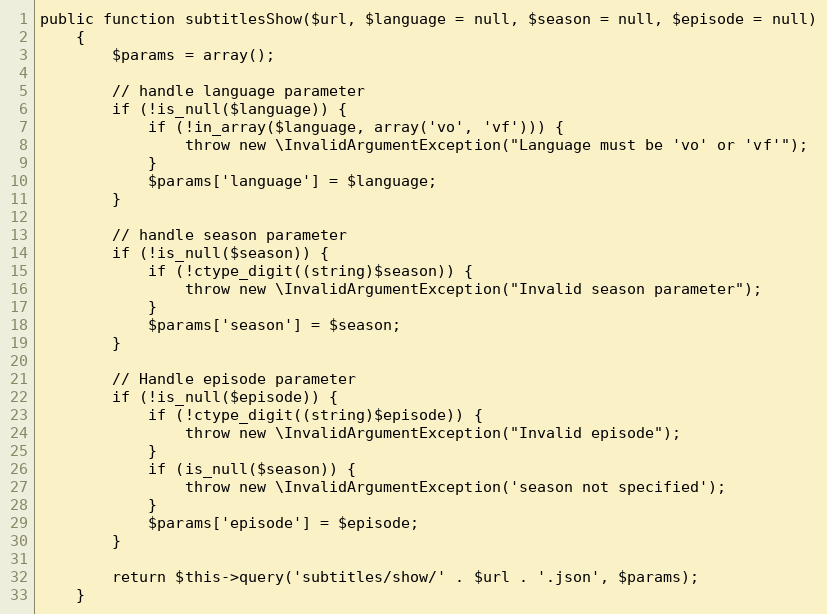
Language: PHP
public function subtitlesShow($url, $language = null, $season = null, $episode = null)
    {
        $params = array();

        // handle language parameter
        if (!is_null($language)) {
            if (!in_array($language, array('vo', 'vf'))) {
                throw new \InvalidArgumentException("Language must be 'vo' or 'vf'");
            }
            $params['language'] = $language;
        }

        // handle season parameter
        if (!is_null($season)) {
            if (!ctype_digit((string)$season)) {
                throw new \InvalidArgumentException("Invalid season parameter");
            }
            $params['season'] = $season;
        }

        // Handle episode parameter
        if (!is_null($episode)) {
            if (!ctype_digit((string)$episode)) {
                throw new \InvalidArgumentException("Invalid episode");
            }
            if (is_null($season)) {
                throw new \InvalidArgumentException('season not specified');
            }
            $params['episode'] = $episode;
        }

        return $this->query('subtitles/show/' . $url . '.json', $params);
    }